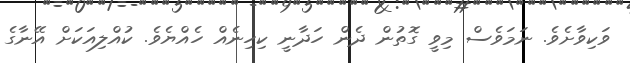
ވަކިވާށެވެ. ނަމަވެސް މިވީ ގޮތުން ދެން ހަދާނީ ކިހިނެއް ހެއްޔެވެ. ކުއްލިއަކަށް އޭނާގެ